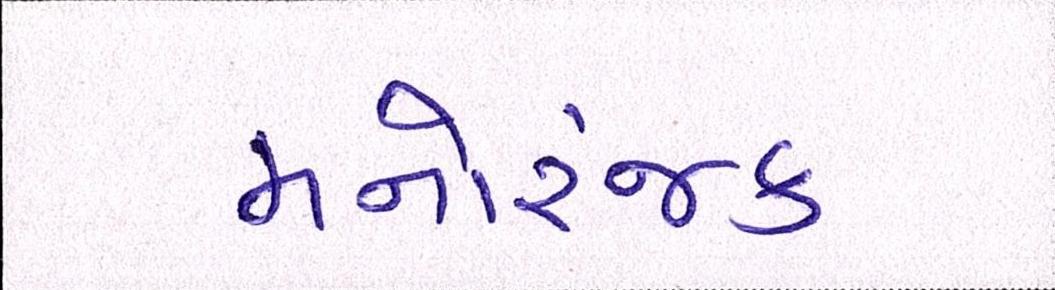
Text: મનોરંજક